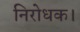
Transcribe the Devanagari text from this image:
निरोधक।